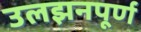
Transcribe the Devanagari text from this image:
उलझनपूर्ण